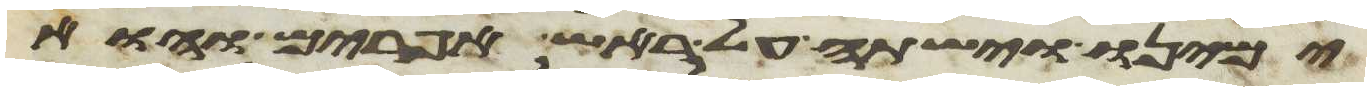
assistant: ימינו וישתה על ראש אפרים והוא